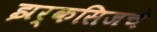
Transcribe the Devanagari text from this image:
झर्कसिजचे